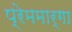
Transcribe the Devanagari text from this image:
प्रेममार्गा